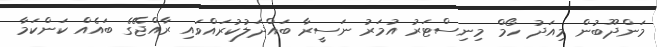
މަންދޫބުން މިއަދު ހޯމް މިނިސްޓަރު އުމަރު ނަސީރާ ބައްދަލުކުރައްވައި ރާއްޖޭގެ ބައެއް ކަންކަމާ